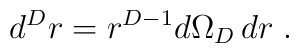
d^{{D}} r = r^{{D}-1}d \Omega_{{D}} \, dr\;  .